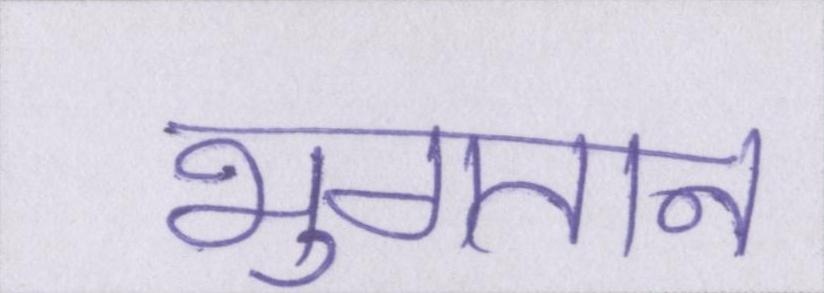
भुगतान